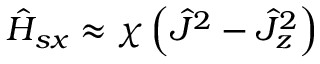
\hat { H } _ { s x } \approx \chi \left( \hat { J } ^ { 2 } - \hat { J } _ { z } ^ { 2 } \right)